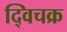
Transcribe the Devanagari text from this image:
द्विचक्र